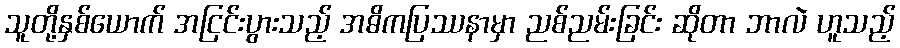
သူတို့နှစ်ယောက် အငြင်းပွားသည့် အဓိကပြဿနာမှာ ညစ်ညမ်းခြင်း ဆိုတာ ဘာလဲ ဟူသည့်